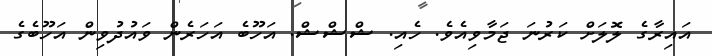
އައިރާގެ ލޮލަށް ކަރުނަ ޖަމާވިއެވެ. ހެއި. ޝްޝްޝް. އަހޫބެ އަހަރެން ވައުދުވިން އަހޫބެގެ